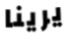
يرينا